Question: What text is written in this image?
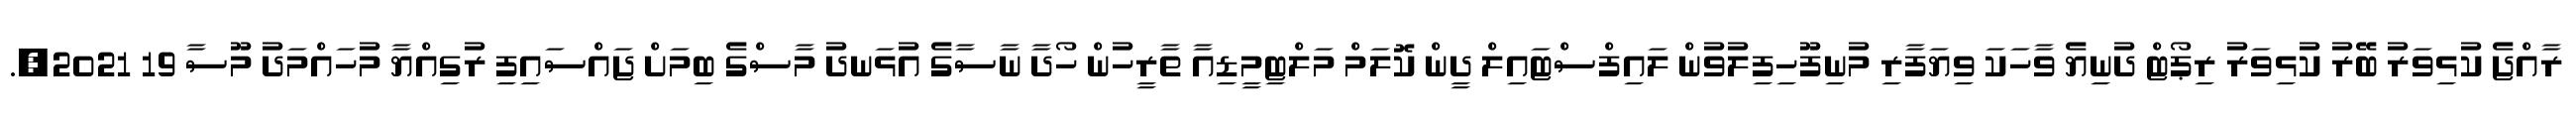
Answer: ރާއްޖެ ކުޅިވަރު ބޭރު ކުޅިވަރު ރިޕޯޓް ދުނިޔެ ވާހަކަ ވިޔަފާރި މުނިފޫހިފިލުވުން ލައިފްސްޓައިލް ދީން ކޮލަމް މަލްޓިމީޑިއާ ތާރީހުން ހޯދާ ނާސާގެ އުޅަނދު މާސްގެ ބިމަށް ޖައްސައިފި ރުގިއްޔާ މުހައްމަދު މޫސާ 19 2021,.